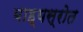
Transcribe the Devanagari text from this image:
बाह्यस्रोत